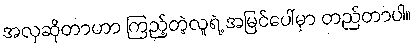
အလှဆိုတာဟာ ကြည့်တဲ့လူရဲ့ အမြင်ပေါ်မှာ တည်တာပါ။